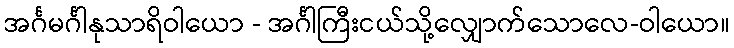
အင်္ဂမင်္ဂါနုသာရိဝါယော - အင်္ဂါကြီးငယ်သို့လျှောက်သောလေ-ဝါယော။